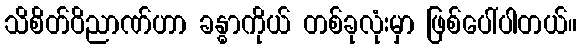
သိစိတ်ဝိညာဏ်ဟာ ခန္ဓာကိုယ် တစ်ခုလုံးမှာ ဖြစ်ပေါ်ပါတယ်။